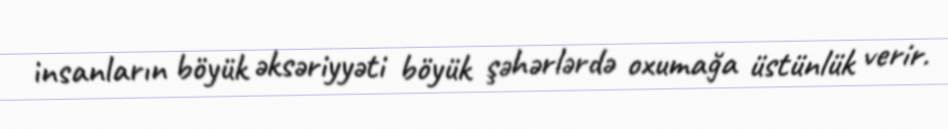
insanların böyük əksəriyyəti böyük şəhərlərdə oxumağa üstünlük verir.